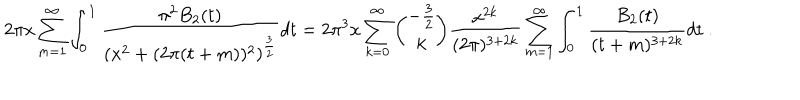
2 \pi x \sum _ { m = 1 } ^ { \infty } \int _ { 0 } ^ { 1 } { \frac { \pi ^ { 2 } B _ { 2 } ( t ) } { ( x ^ { 2 } + ( 2 \pi ( t + m ) ) ^ { 2 } ) ^ { { \frac { 3 } { 2 } } } } } d t = 2 \pi ^ { 3 } x \sum _ { k = 0 } ^ { \infty } { \binom { - { \frac { 3 } { 2 } } } { k } } { \frac { x ^ { 2 k } } { ( 2 \pi ) ^ { 3 + 2 k } } } \sum _ { m = 1 } ^ { \infty } \int _ { 0 } ^ { 1 } { \frac { B _ { 2 } ( t ) } { ( t + m ) ^ { 3 + 2 k } } } d t \ .